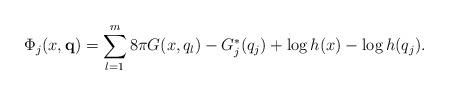
LaTeX: \begin{align*}\Phi_j(x,\mathbf{q})=\sum_{l=1}^m 8\pi G(x,q_l)-G_j^*(q_j)+\log h(x)-\log h(q_j).\end{align*}